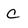
Character: C